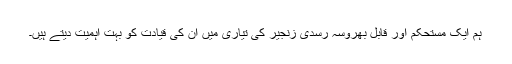
ہم ایک مستحکم اور قابل بھروسہ رسدی زنجیر کی تیاری میں ان کی قیادت کو بہت اہمیت دیتے ہیں۔